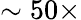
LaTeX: \sim 50\times